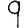
Digit: 9